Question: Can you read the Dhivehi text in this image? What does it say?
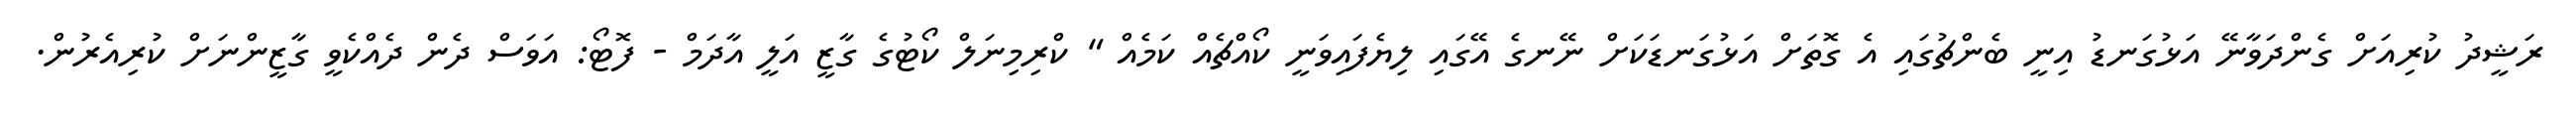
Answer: ރަޝީދު ކުރިއަށް ގެންދަވާނޭ އަޅުގަނޑު އިނީ ބެންޗުގައި އެ ގޮތަށް އަޅުގަނޑަކަށް ނޭނގެ އޭގައި ލިޔެފައިވަނީ ކޯއްޗެއް ކަމެއް " ކްރިމިނަލް ކޯޓުގެ ގާޒީ އަލީ އާދަމް - ފޮޓޯ: އަވަސް ދެން ދެއްކެވީ ގާޒީންނަށް ކުރިއެރުން.